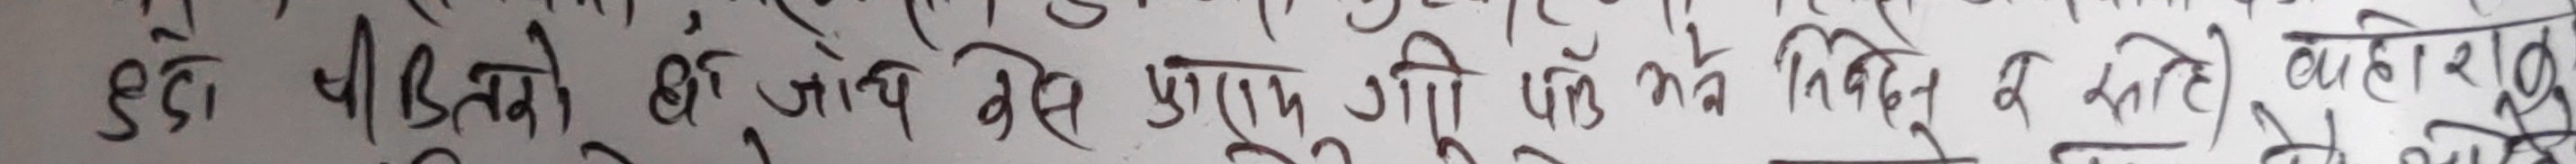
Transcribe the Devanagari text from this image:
हुन् भीडनाको छ। जो केही पुरोना पत्र मा निवेदन र कही हाराशे